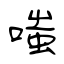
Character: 嗤